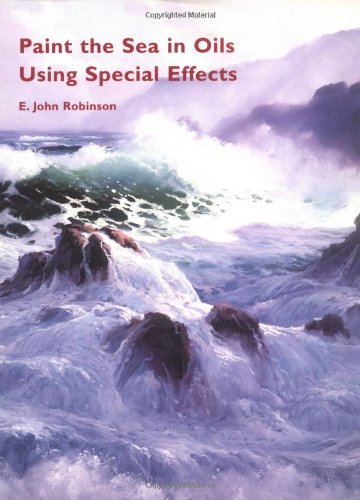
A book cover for Paint the Sea in Oils Using Special Effects; E. John Robinson; Arts & Photography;